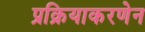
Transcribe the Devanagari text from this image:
प्रक्रियाकरणेन